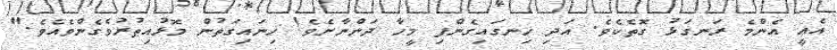
އެއީ އެންމެ ރަނގަޅު ގޮތެކެވެ. އަދި ހިނގައިގެންފި މީހާ ދަންނާށެވެ! ހިނައިގަތުން މޮޅުއިތުރުވެގެންވެއެވެ."